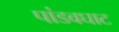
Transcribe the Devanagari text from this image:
पांडवघाट